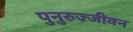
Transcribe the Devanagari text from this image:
पुनुरुज्जीवन